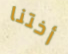
أختنا